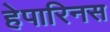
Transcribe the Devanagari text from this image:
हेपारिनस